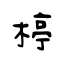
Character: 楟